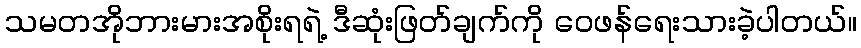
သမတအိုဘားမားအစိုးရရဲ့ ဒီဆုံးဖြတ်ချက်ကို ဝေဖန်ရေးသားခဲ့ပါတယ်။